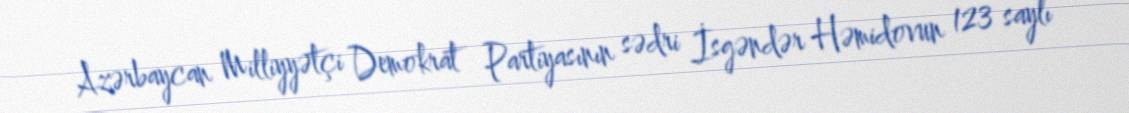
Azərbaycan Milliyyətçi Demokrat Partiyasının sədri İsgəndər Həmidovun 123 saylı